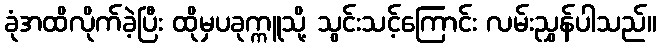
ခုံအထိလိုက်ခဲ့ပြီး ထိုမှပခုက္ကူသို့ သွင်းသင့်ကြောင်း လမ်းညွှန်ပါသည်။